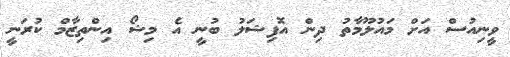
ވީނިއުސް އަށް މައުލޫމާތު ދިން އޮފިޝަލު ބުނީ އެ މިޝޯ އިންތިޒާމް ކުރަނީ